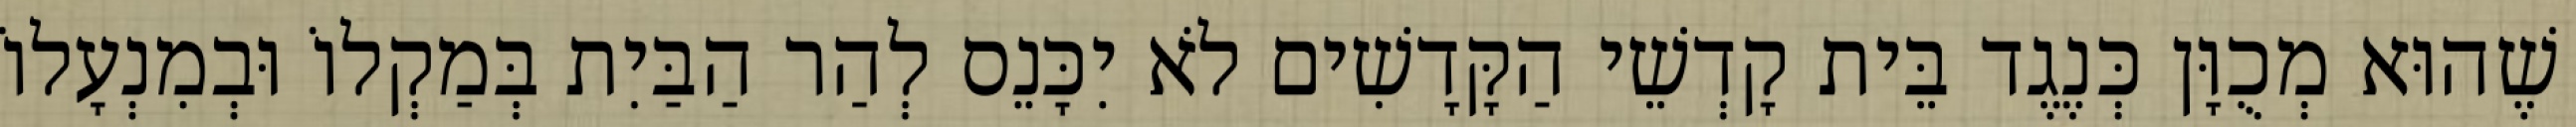
שֶׁהוּא מְכֻוָּן כְּנֶגֶד בֵּית קָדְשֵׁי הַקָּדָשִׁים לֹא יִכָּנֵס לְהַר הַבַּיִת בְּמַקְלוֹ וּבְמִנְעָלוֹ